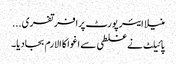
منیلا ایئر پورٹ پرافرتفری...
پائیلٹ نے غلطی سے اغوا کا الارم بجادیا۔